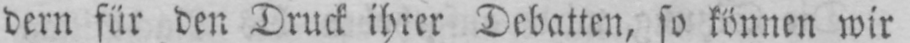
dern für den Druck ihrer Debatten, so können wir